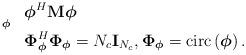
LaTeX: \begin{align*}\begin{array}{rl}\underset{\boldsymbol{\phi}}{} & \boldsymbol{\phi}^{H}\mathbf{M}\boldsymbol{\phi}\\ & \boldsymbol{\Phi}_{\boldsymbol{\phi}}^H\boldsymbol{\Phi}_{\boldsymbol{\phi}}=N_c\mathbf{I}_{N_c}, \boldsymbol{\Phi}_{\boldsymbol{\phi}}=\mathrm{circ}\left(\boldsymbol{\phi}\right).\end{array}\end{align*}